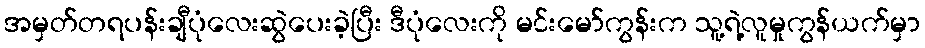
အမှတ်တရပန်းချီပုံလေးဆွဲပေးခဲ့ပြီး ဒီပုံလေးကို မင်းမော်ကွန်းက သူ့ရဲ့လူမှုကွန်ယက်မှာ